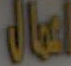
At